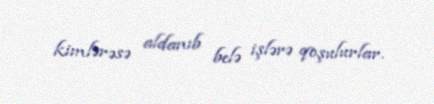
kimlərəsə aldanıb belə işlərə qoşulurlar.